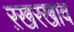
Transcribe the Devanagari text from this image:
ऱखरखाव